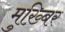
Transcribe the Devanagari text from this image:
मुख़्बिर